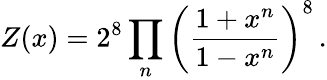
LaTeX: Z(x)=2^{8}\prod_{n}\left(\frac{1+x^{n}}{1-x^{n}}\right)^{8}\, .